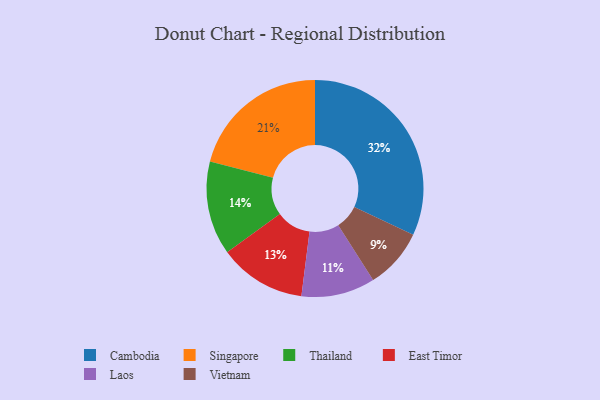
{"axis": {"x": "Category", "y": "Percentage"}, "legend": ["Cambodia", "East Timor", "Laos", "Singapore", "Thailand", "Vietnam"], "data": [{"x": "Singapore", "y": 21, "type": "Singapore"}, {"x": "East Timor", "y": 13, "type": "East Timor"}, {"x": "Vietnam", "y": 9, "type": "Vietnam"}, {"x": "Cambodia", "y": 32, "type": "Cambodia"}, {"x": "Laos", "y": 11, "type": "Laos"}, {"x": "Thailand", "y": 14, "type": "Thailand"}]}